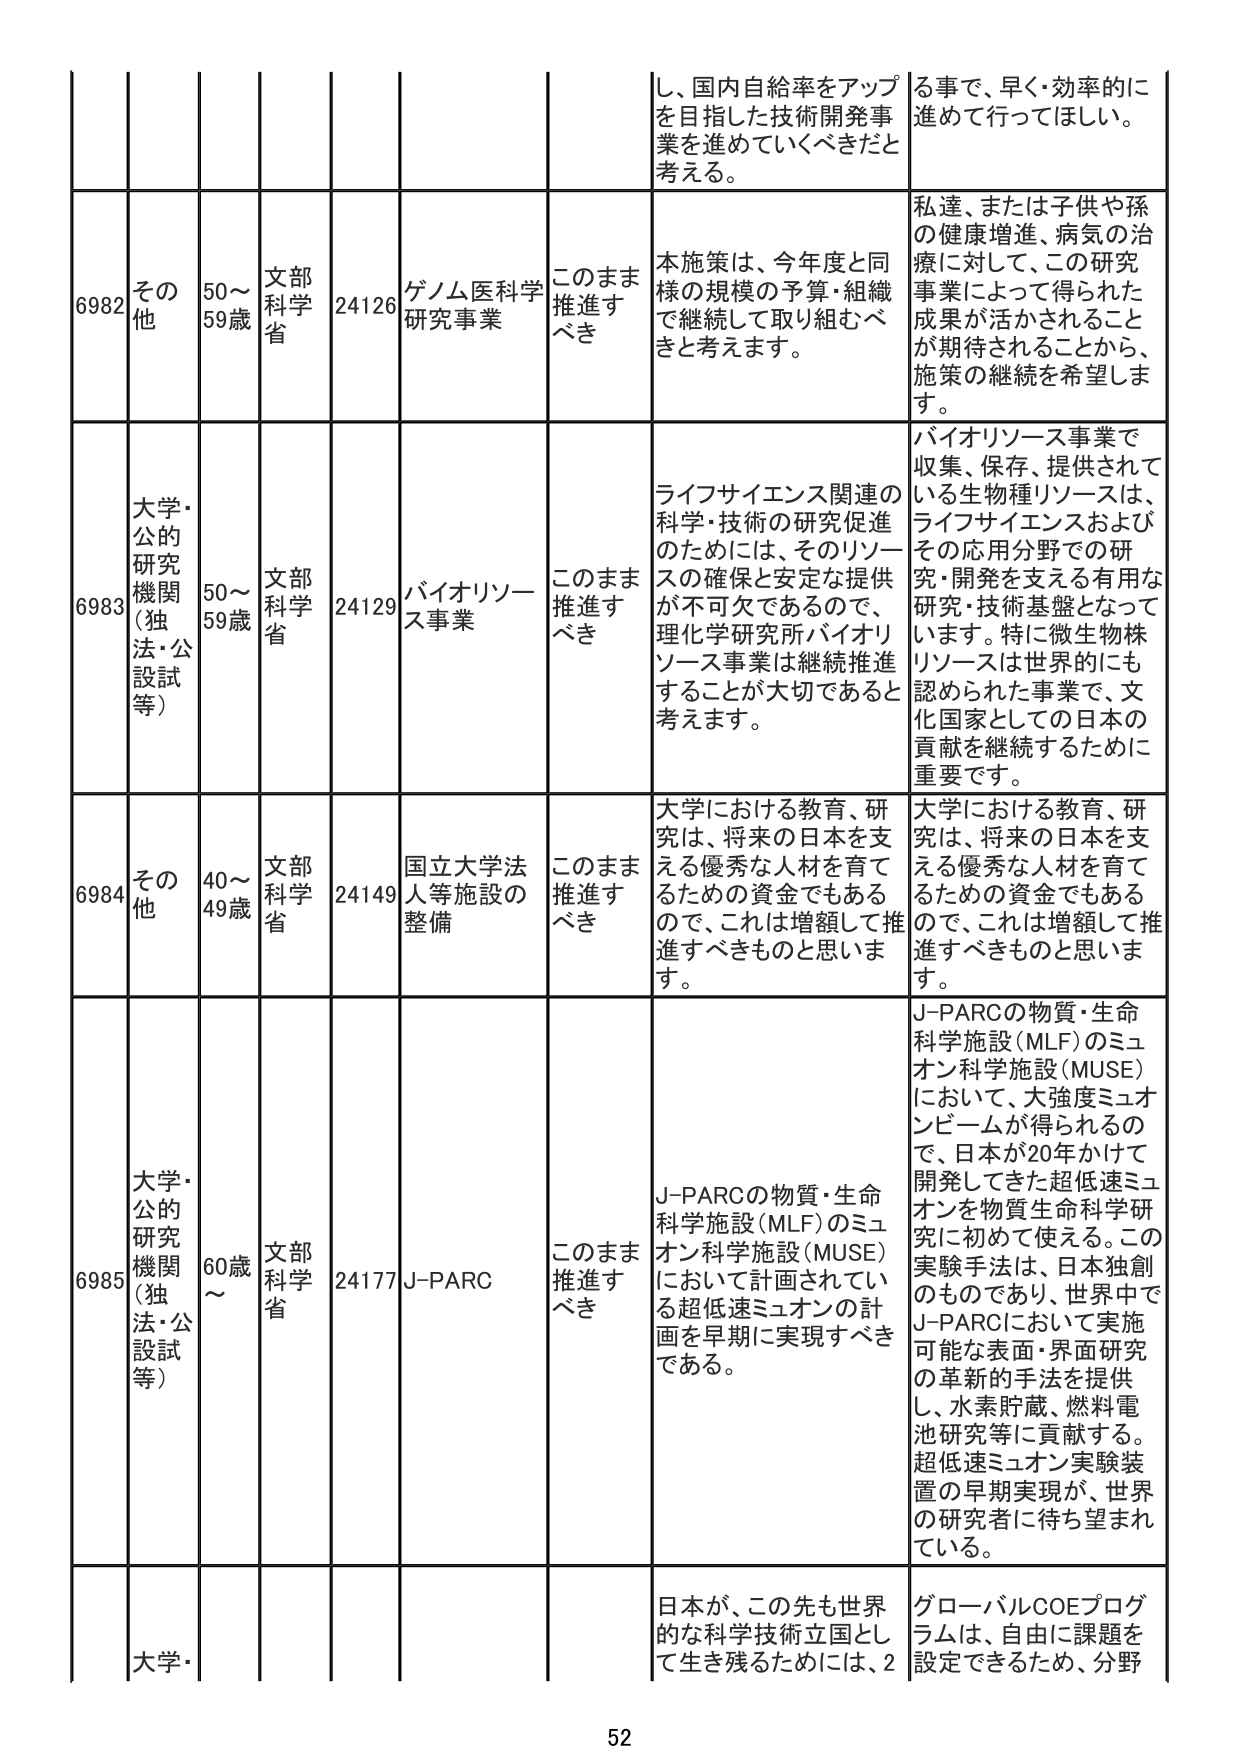
し、国内自給率をアップ
を目指した技術開発事
業を進めていくべきだと
考える。
る事で、早く・効率的に
進めて行ってほしい。

6982 その他 50～59歳 文部科学省 24126 ゲノム医科学研究事業 このまま推進すべき 本施策は、今年度と同様の規模の予算・組織で継続して取り組むべきと考えます。 私達、または子供や孫の健康増進、病気の治療に対して、この研究事業によって得られた成果が活かされることが期待されることから、施策の継続を希望します。

6983 大学・公的研究機関（独法・公設試等） 50～59歳 文部科学省 24129 バイオリソース事業 このまま推進すべき ライフサイエンス関連の科学・技術の研究促進のためには、そのリソースの確保と安定な提供が不可欠であるので、理化学研究所バイオリソース事業は継続推進することが大切であると考えます。 バイオリソース事業で収集、保存、提供されている生物種リソースは、ライフサイエンスおよびその応用分野での研究・開発を支える有用な研究・技術基盤となっています。特に微生物株リソースは世界的にも認められた事業で、文化国家としての日本の貢献を継続するために重要です。

6984 その他 40～49歳 文部科学省 24149 国立大学法人等施設の整備 このまま推進すべき 大学における教育、研究は、将来の日本を支える優秀な人材を育てるための資金でもあるので、これは増額して推進すべきものと思います。 大学における教育、研究は、将来の日本を支える優秀な人材を育てるための資金でもあるので、これは増額して推進すべきものと思います。

6985 大学・公的研究機関（独法・公設試等） 60歳～ 文部科学省 24177 J-PARC このまま推進すべき J-PARCの物質・生命科学施設（MLF）のミュオン科学施設（MUSE）において計画されている超低速ミュオンの計画を早期に実現すべきである。 J-PARCの物質・生命科学施設（MLF）のミュオン科学施設（MUSE）において、大強度ミュオンビームが得られるので、日本が20年かけて開発してきた超低速ミュオンを物質生命科学研究に初めて使える。この実験手法は、日本独創のものであり、世界中でJ-PARCにおいて実施可能な表面・界面研究の革新的手法を提供し、水素貯蔵、燃料電池研究等に貢献する。超低速ミュオン実験装置の早期実現が、世界の研究者に待ち望まれている。

大学・ 日本が、この先も世界的な科学技術立国として生き残るためには、2 グローバルCOEプログラムは、自由に課題を設定できるため、分野

52